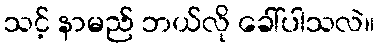
သင့် နာမည် ဘယ်လို ခေါ်ပါသလဲ။